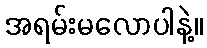
အရမ်းမလောပါနဲ့။